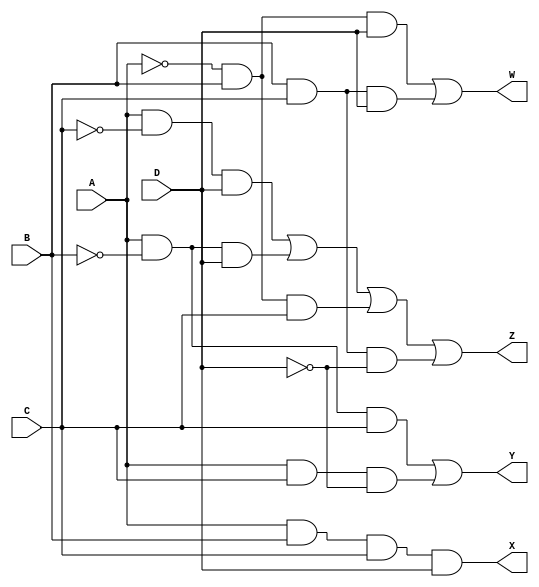
module plus(A, B, C, D, X, Y, Z, W);

	input A, B, C, D;
	output X, Y, Z, W;
	
	assign X = A&B&C&D;
	assign Y = (A&~B&C) | (A&C&~D);
	assign Z = (A&~C&D) | (A&~B&D) | (~A&B&C) | (B&C&~D);
	assign W = (~A&B&D) | (B&C&D);
	
endmodule